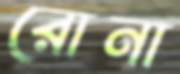
রোনা